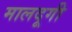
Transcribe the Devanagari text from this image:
मालदूगी